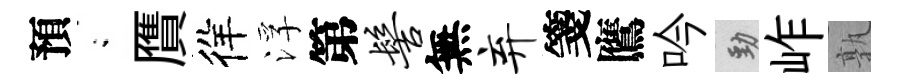
預閤贋徉浮第髻無弃箋鷹吟勁岞孰